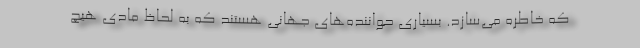
که خاطره می‌سازد. بسیاری حواننده‌های جهانی هستند که به لحاظ مادی هیچ